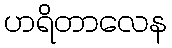
ဟရိတာလေန